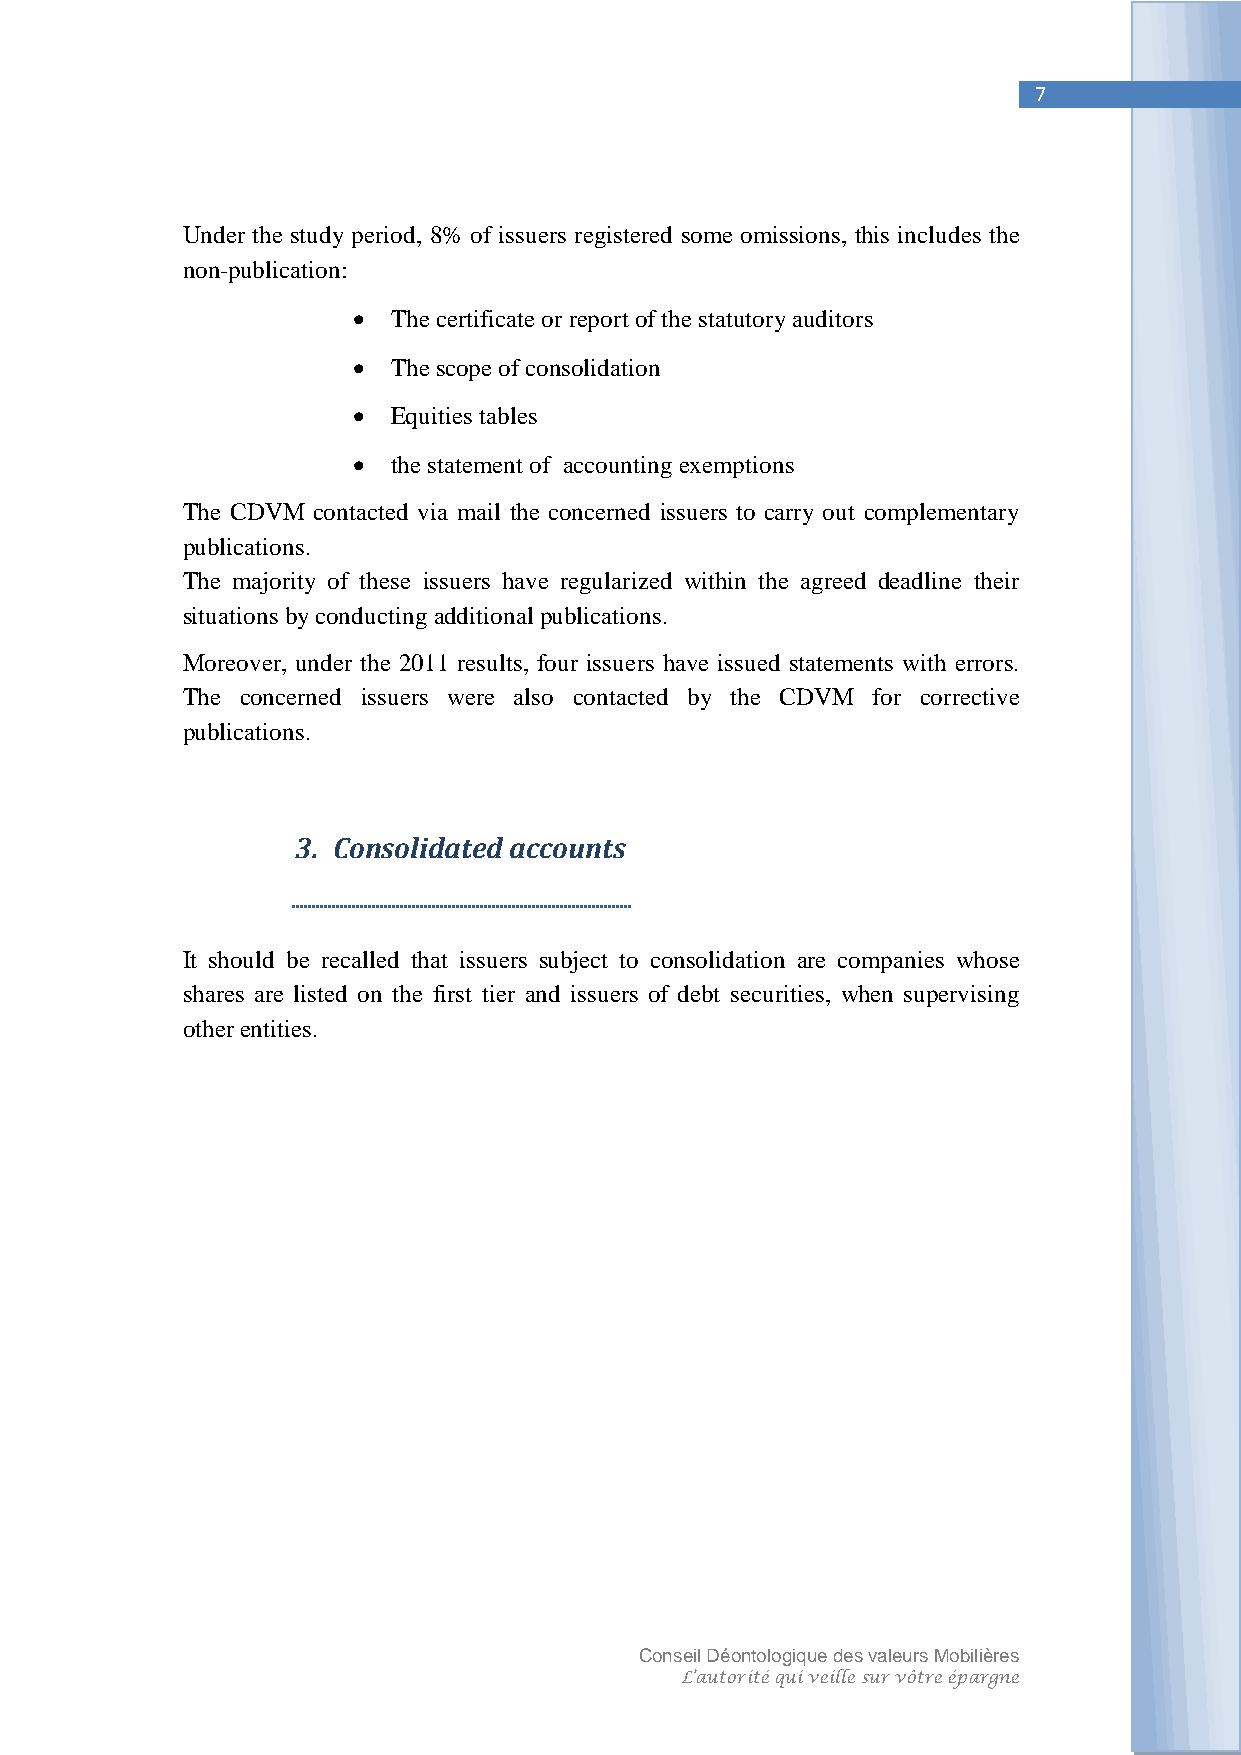
7
 Under the study period, 8% of issuers registered some omissions, this includes the
 non-publication:
   The certificate or report of the statutory auditors
   The scope of consolidation
   Equities tables
   the statement of accounting exemptions
 The CDVM contacted via mail the concerned issuers to carry out complementary
 publications.
 The majority of these issuers have regularized within the agreed deadline their
 situations by conducting additional publications.
 Moreover, under the 2011 results, four issuers have issued statements with errors.
 The concerned issuers were also contacted by the CDVM for corrective
 publications.
 3. Consolidated accounts
 It should be recalled that issuers subject to consolidation are companies whose
 shares are listed on the first tier and issuers of debt securities, when supervising
 other entities.
 Conseil Déontologique des valeurs Mobilières
 L’autorité qui veille sur vôtre épargne